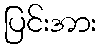
ပြင်းအား